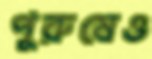
পুরুষেও